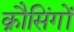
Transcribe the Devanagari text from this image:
क्रौसिंगों